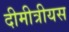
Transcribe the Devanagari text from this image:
दीमीत्रीयस